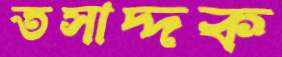
তসাদ্দক